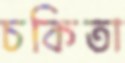
চকিতা